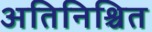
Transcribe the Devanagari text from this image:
अतिनिश्चित